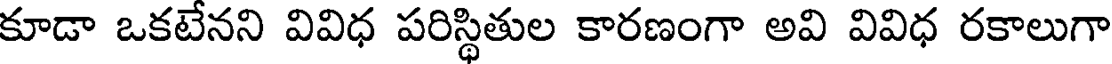
కూడా ఒకటేనని వివిధ పరిస్థితుల కారణంగా అవి వివిధ రకాలుగా